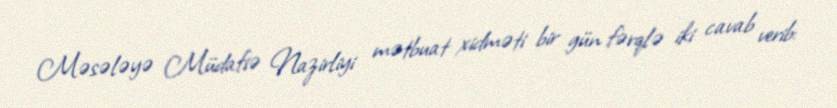
Məsələyə Müdafiə Nazirliyi mətbuat xidməti bir gün fərqlə iki cavab verib: